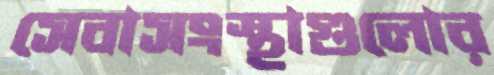
সেবাসংস্থাগুলোর